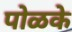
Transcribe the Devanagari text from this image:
पोळके